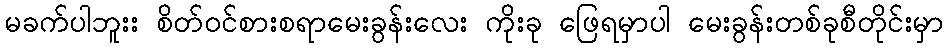
မခက်ပါဘူးး စိတ်ဝင်စားစရာမေးခွန်းလေး ကိုးခု ဖြေရမှာပါ မေးခွန်းတစ်ခုစီတိုင်းမှာ